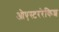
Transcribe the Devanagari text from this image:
ओएस्टररेकिश